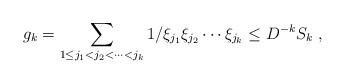
LaTeX: \begin{align*}g_k=\sum _{1\leq j_1<j_2<\cdots <j_k}1/\xi _{j_1}\xi _{j_2}\cdots \xi _{j_k}\leq D^{-k}S_k~,\end{align*}